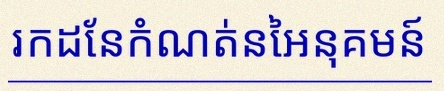
រកដែនកំណត់នៃអនុគមន៍